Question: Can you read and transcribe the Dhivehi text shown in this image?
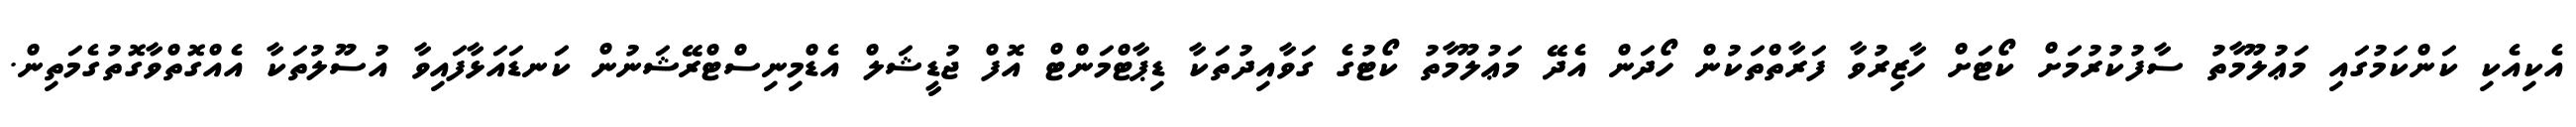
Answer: އެކިއެކި ކަންކަމުގައި މަޢުލޫމާތު ސާފުކުރުމަށް ކޯޓަށް ހާޒިރުވާ ފަރާތްތަކުން ހޯދަން އެދޭ މަޢުލޫމާތު ކޯޓުގެ ގަވާއިދުތަކާ ޑިޕާޓްމަންޓް އޮފް ޖުޑީޝަލް އެޑްމިނިސްޓްރޭޝަނުން ކަނޑައަޅާފައިވާ އުސޫލުތަކާ އެއްގޮތްވާގޮތުގެމަތިން.